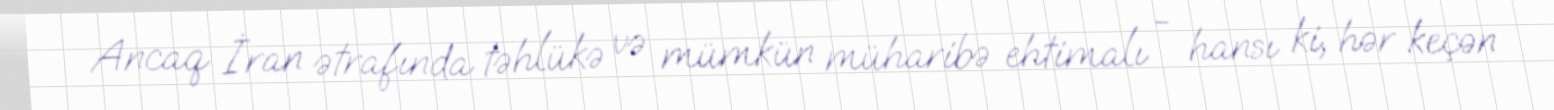
Ancaq İran ətrafında təhlükə və mümkün müharibə ehtimalı - hansı ki, hər keçən